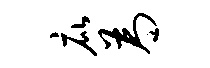
庇为